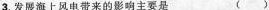
3.发展海上风电带来的影响主要是 ()